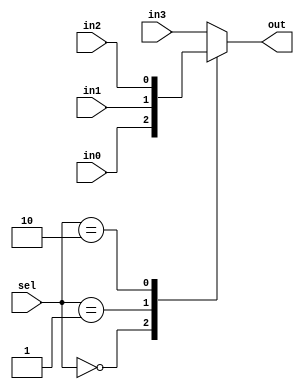
module mux_case(out,in0,in1,in2,in3,sel);
output out;
input in0,in1,in2,in3;
input[1:0] sel;
reg out;

always @(in0 or in1 or in2 or in3 or sel)
begin
case(sel)
2'b00:  out=in0;
2'b01:  out=in1;
2'b10:  out=in2;
default: out=in3;
endcase
end
endmodule